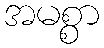
အမစ္စာ